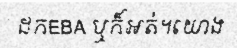
ដកEBA ឬក៏អត់។យោង